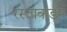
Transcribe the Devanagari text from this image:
रस्ताकडून